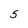
Character: 5